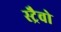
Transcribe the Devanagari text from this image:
स्ट्रैवो